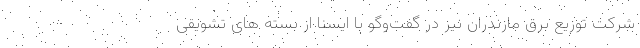
شرکت توزیع برق مازندران نیز در گفت‌وگو با ایسنا از بسته های تشویقی